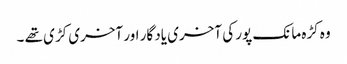
وہ کڑہ مانک پور کی آخری یاد گار اور آخری کڑی تھے ۔